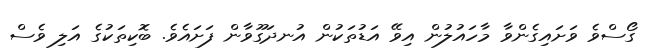
ގޯސްވެ ވަށައިގެންވާ މާހައުލުން އިވޭ އަޑުތަކުން އުނދަގޫވާން ފަށައެވެ. ބޮކިތަކުގެ އަލި ވެސް